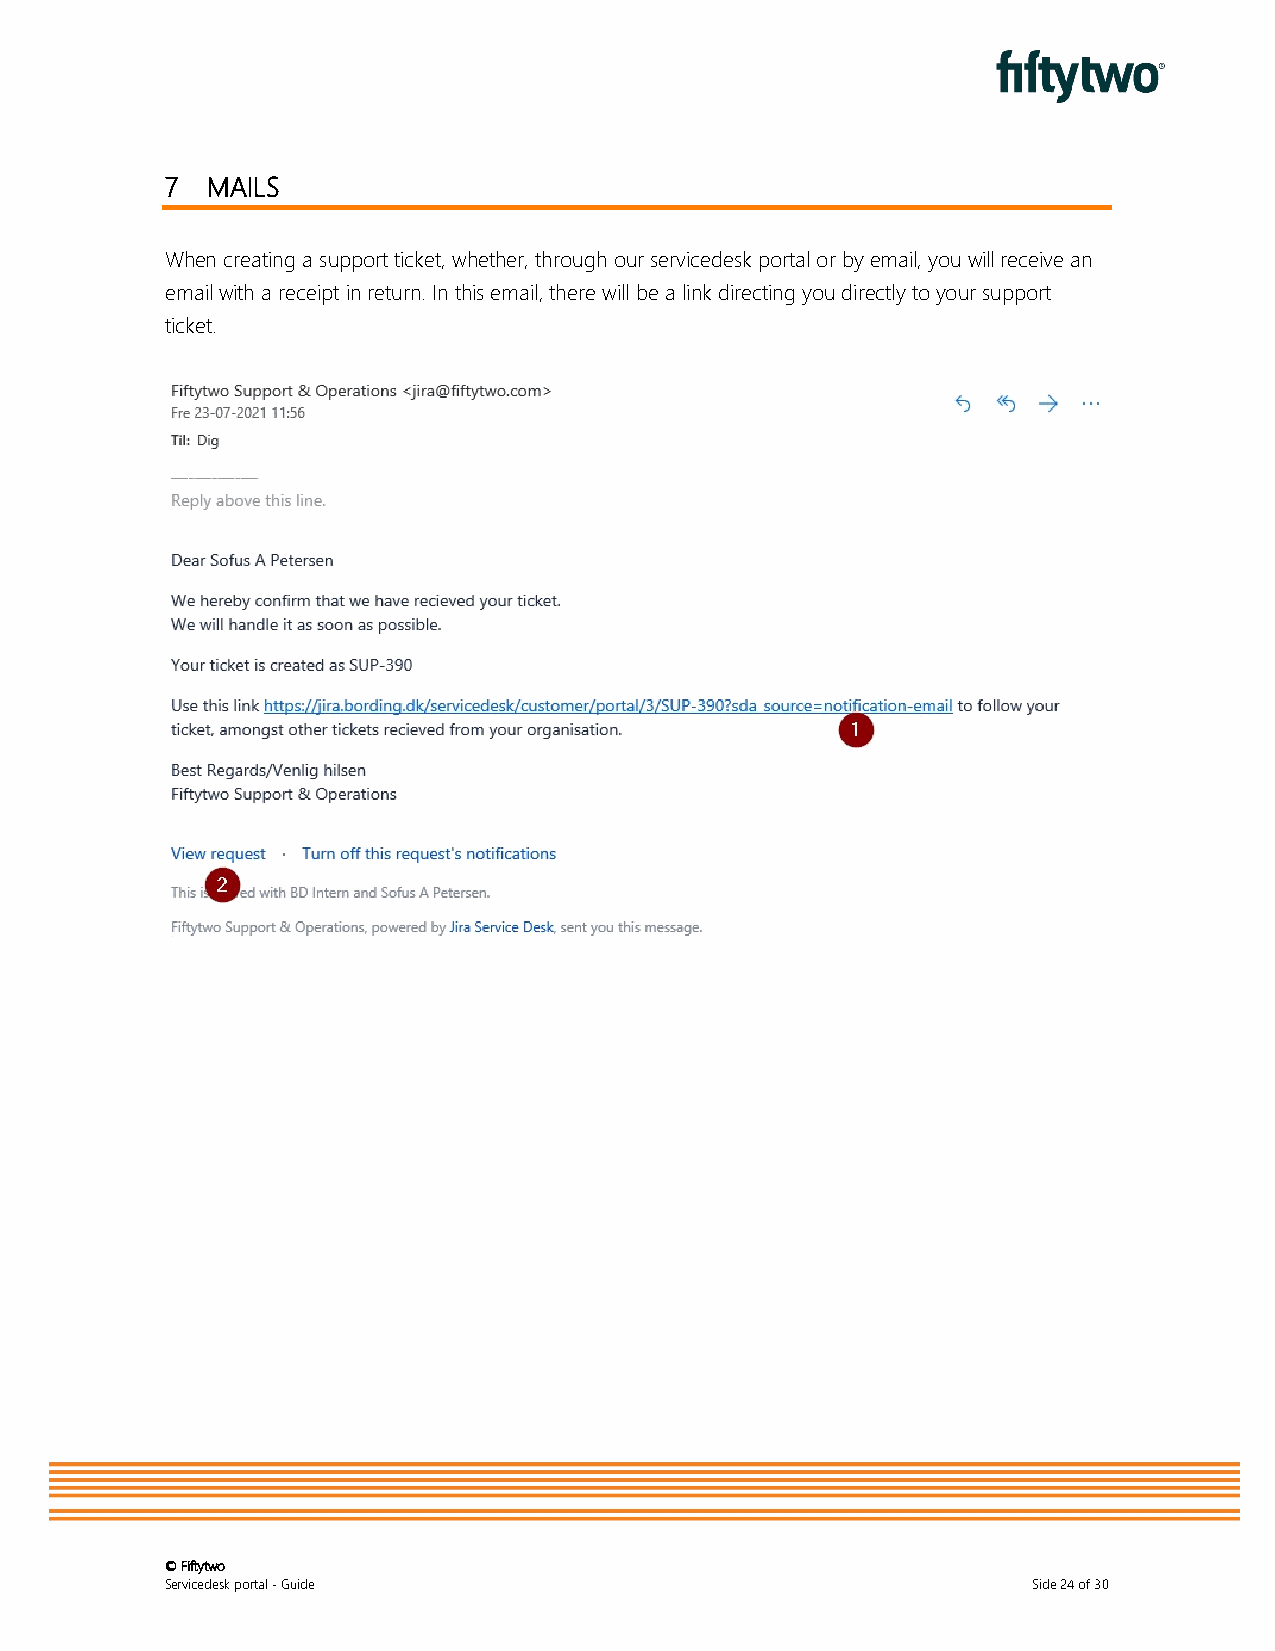
7  MAILS
 When creating a support ticket, whether, through our servicedesk portal or by email, you will receive an
 email with a receipt in return. In this email, there will be a link directing you directly to your support
 ticket.
 © Fiftytwo
 Servicedesk portal - Guide                               Side 24 of 30